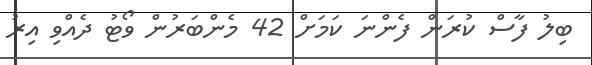
ބިލު ފާސް ކުރަން ފެންނަ ކަމަށް 42 މެންބަރުން ވޯޓު ދެއްވި އިރު